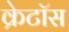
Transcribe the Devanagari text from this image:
क्रेटॉस